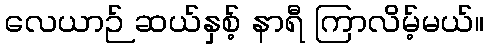
လေယာဉ် ဆယ်နှစ့် နာရီ ကြာလိမ့်မယ်။